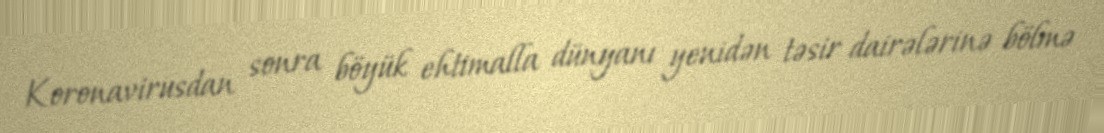
Koronavirusdan sonra böyük ehtimalla dünyanı yenidən təsir dairələrinə bölmə